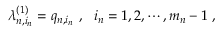
\lambda _ { n , i _ { n } } ^ { ( 1 ) } = q _ { n , i _ { n } } \ , \ \ i _ { n } = 1 , 2 , \cdots , m _ { n } - 1 \ ,